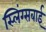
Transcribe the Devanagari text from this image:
स्लिंग्सबाई